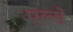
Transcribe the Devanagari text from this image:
एल्से